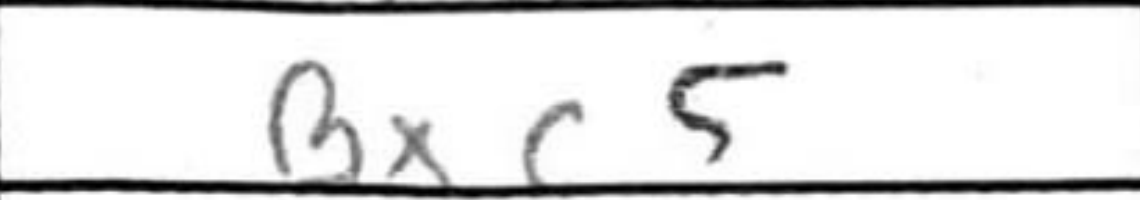
Transcription: Bxc5